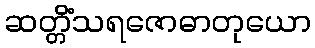
ဆတ္တိံသရဇောဓာတုယော